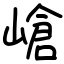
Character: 嵢